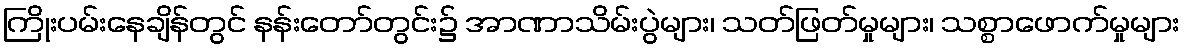
ကြိုးပမ်းနေချိန်တွင် နန်းတော်တွင်း၌ အာဏာသိမ်းပွဲများ၊ သတ်ဖြတ်မှုများ၊ သစ္စာဖောက်မှုများ